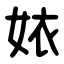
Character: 㛄